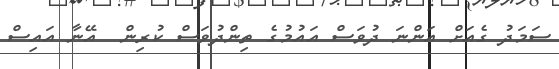
ސަމަދު ގެއަށް އަންނަ ދުވަސް އައުމުގެ ތިންދުވަސް ކުރިން  އޭނާ އައިސް